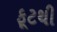
ફૂટથી